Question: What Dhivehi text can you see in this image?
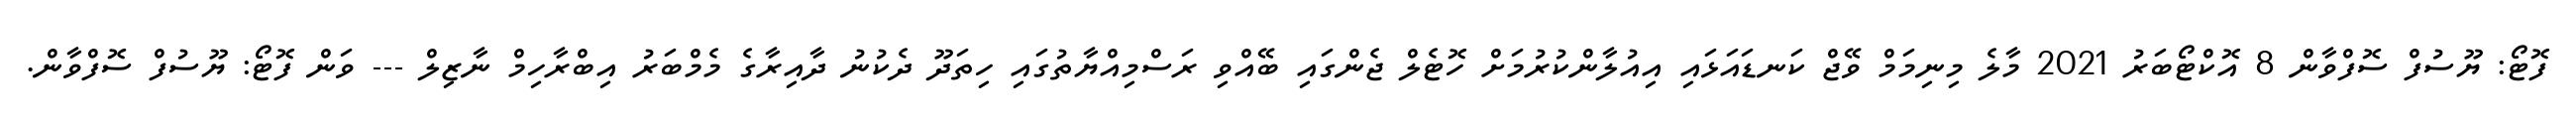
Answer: ފޮޓޯ: ޔޫސުފް ސޮފްވާން 8 އޮކްޓޯބަރު 2021 މާލެ މިނިމަމް ވޭޖް ކަނޑައަޅައި އިއުލާންކުރުމަށް ހޮޓެލް ޖެންގައި ބޭއްވި ރަސްމިއްޔާތުގައި ހިތަދޫ ދެކުނު ދާއިރާގެ މެމްބަރު އިބްރާހިމް ނާޒިލް --- ވަން ފޮޓޯ: ޔޫސުފް ސޮފްވާން.